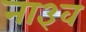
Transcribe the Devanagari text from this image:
ना३व